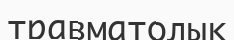
травматолық